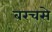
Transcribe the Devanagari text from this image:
बरचसे